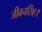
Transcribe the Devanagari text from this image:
जीवनसिंह।